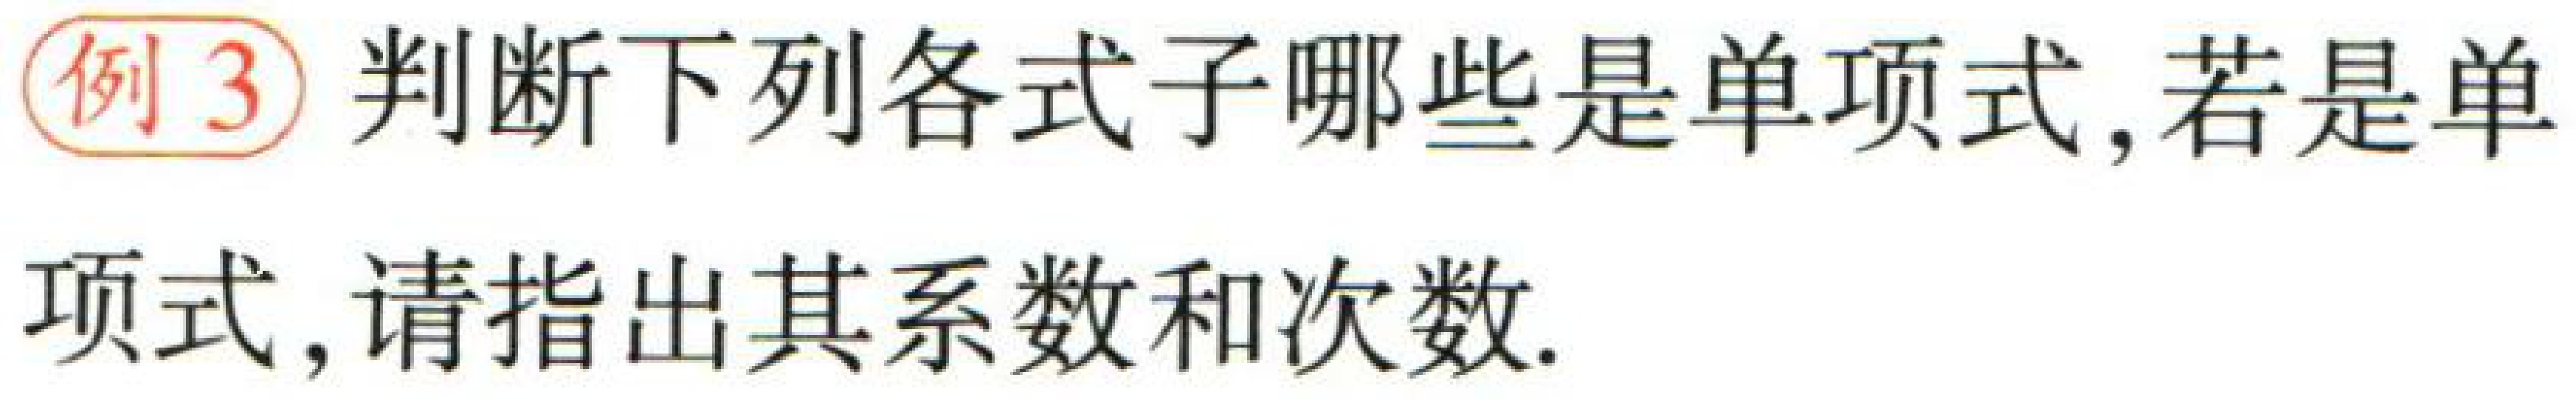
例3 判断下列各式子哪些是单项式，若是单项式，请指出其系数和次数.